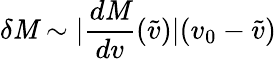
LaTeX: \delta\mathit{M}\sim|\frac{{d\mathit{M}}}{{dv}}(\tilde{{v}})|(v_{0}-\tilde{{v}})